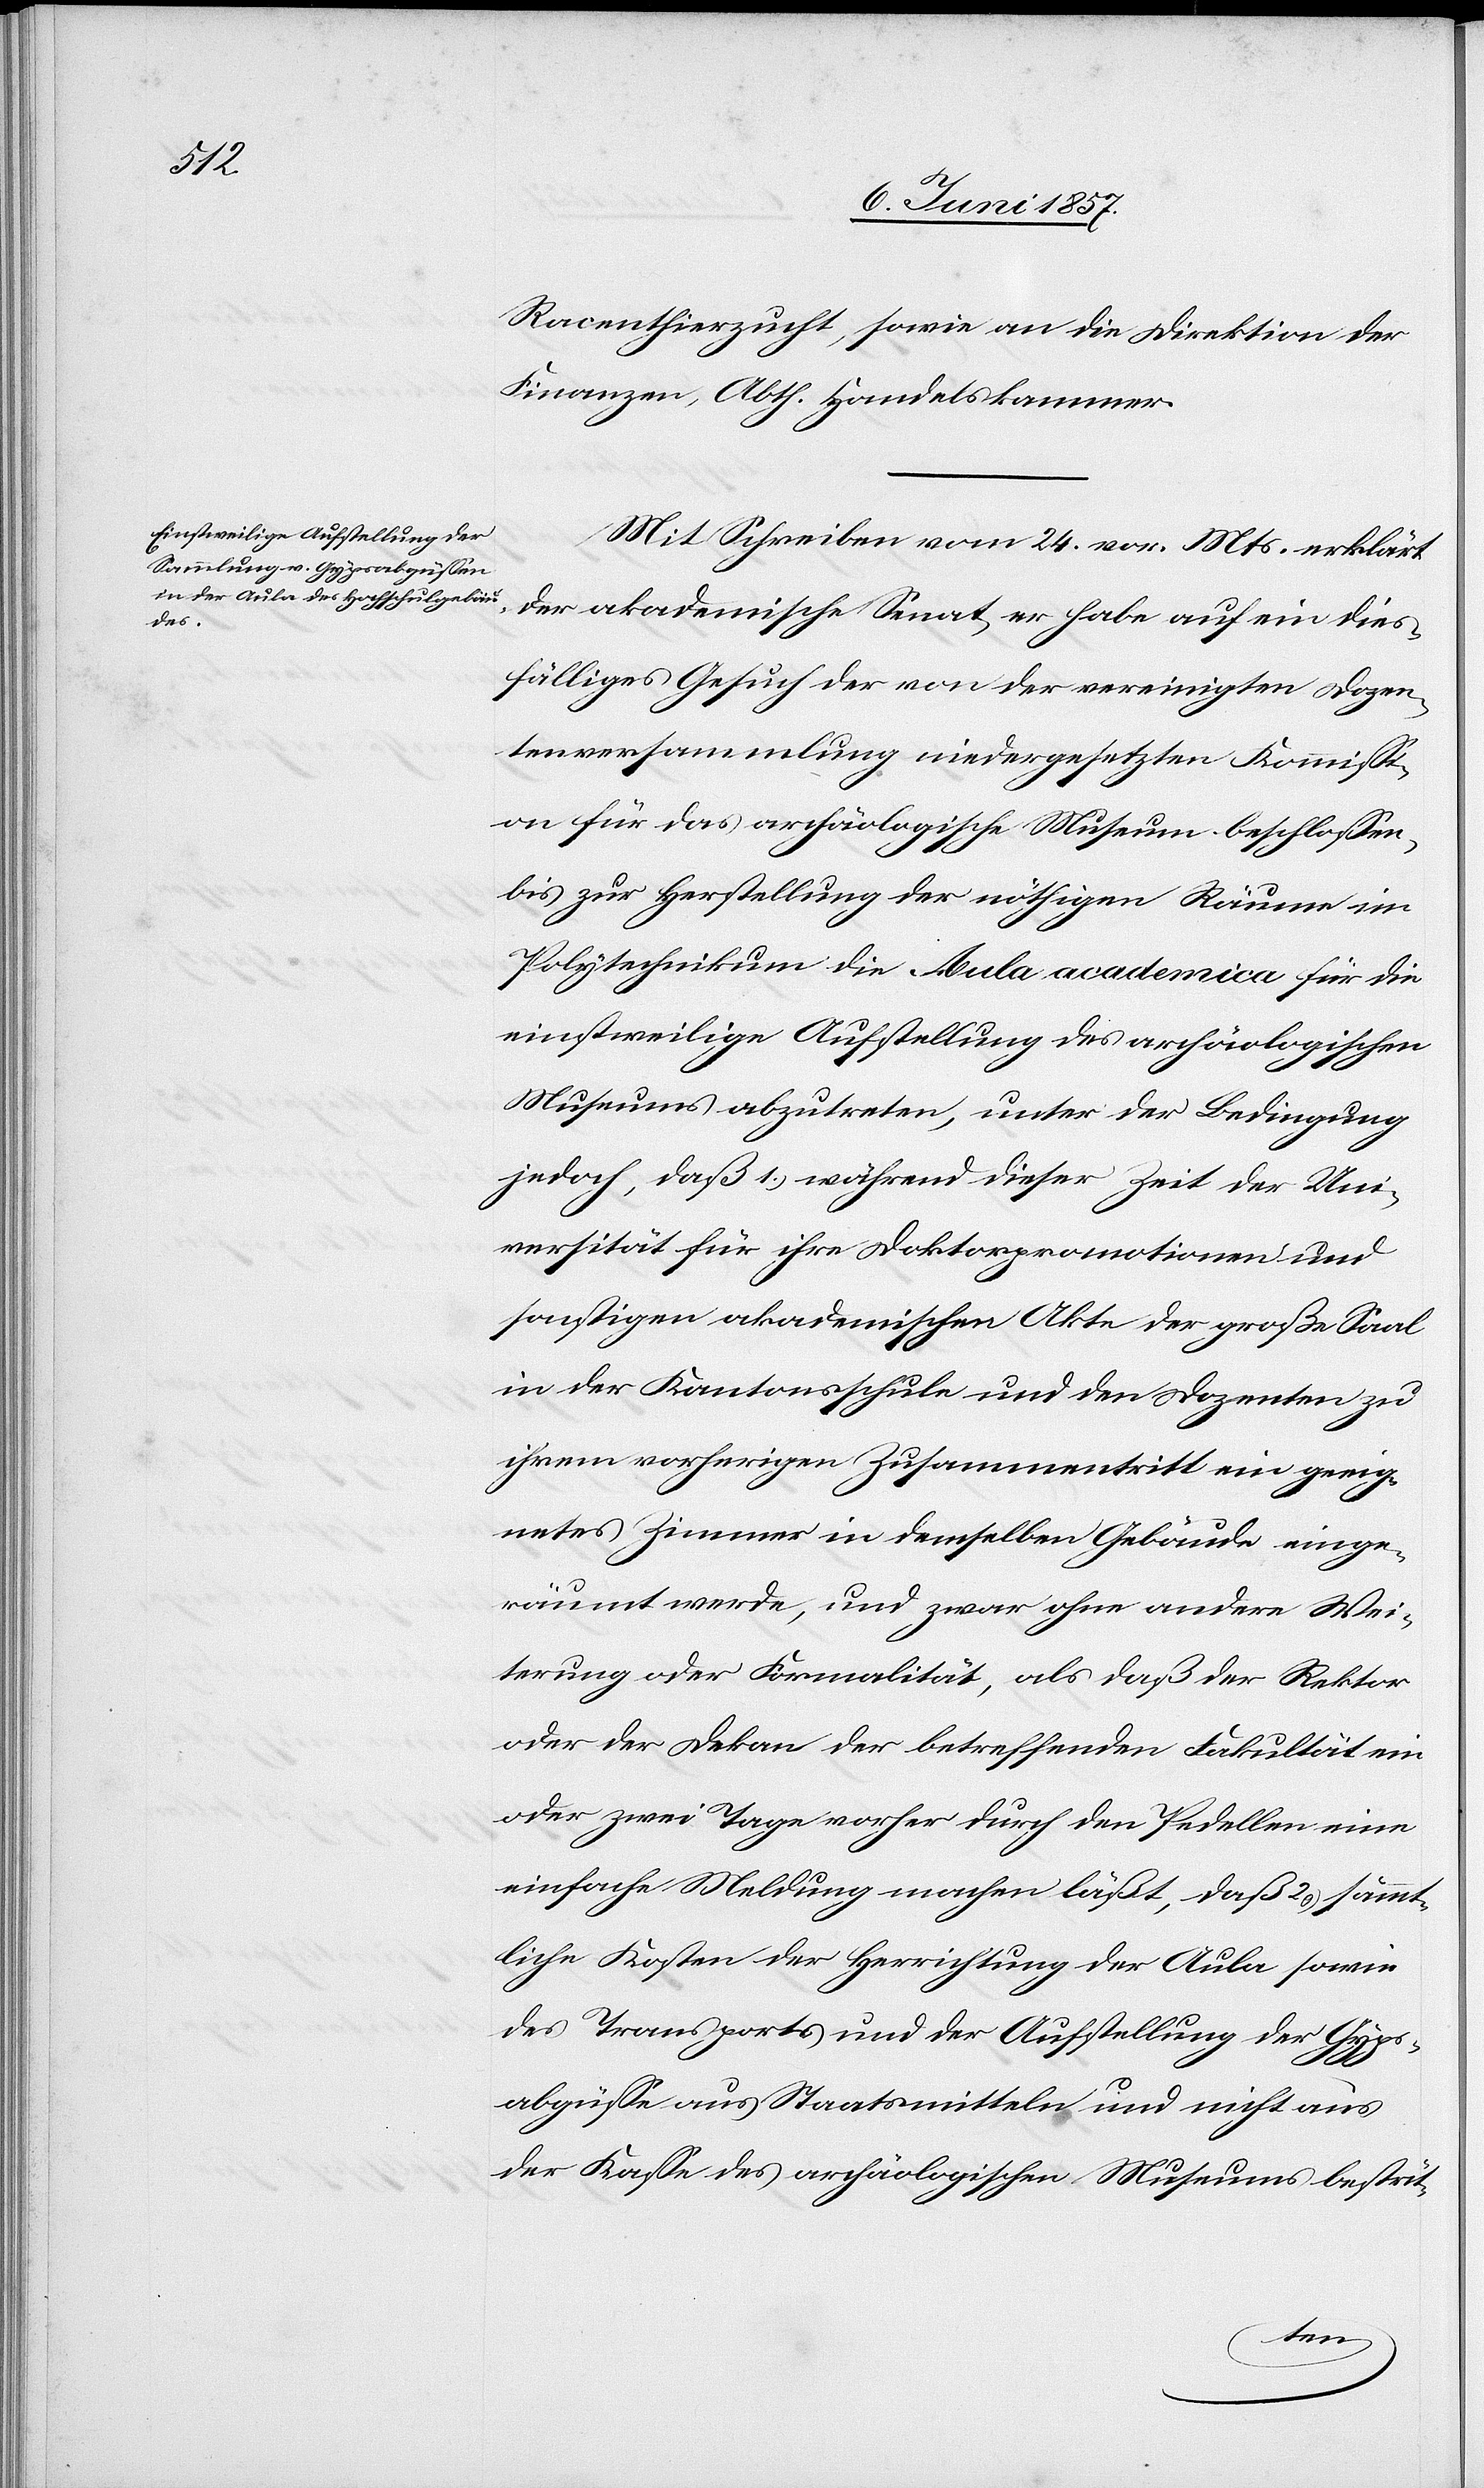
Racenthierzucht, sowie an die Direktion der
Finanzen, Abth. Handelskammer.
Mit Schreiben vom 24 v. Mts. erklärt
der akademische Senat er habe auf ein dies¬
fälliges Gesuch der von der vereinigten Dozen¬
tenversammlung niedergesetzten Kommissi¬
on für das archäologische Museum beschlossen,
bis zur Herstellung der nöthigen Räume im
Polytechnikum die Aula academica für die
einstweilige Aufstellung des archäologischen
Museums abzutreten, unter der Bedingung
jedoch, daß 1.) während dieser Zeit der Uni¬
versität für ihre Doktorpromotionen und
sonstigen akademischen Akte der große Saal
in der Kantonsschule und den Dozenten zu
ihrem vorherigen Zusammentritt ein geeig¬
netes Zimmer in demselben Gebäude einge¬
räumt werde, und zwar ohne andere Wei¬
terung oder Formalität, als daß der Rektor
oder der Dekan der betreffenden Fakultät ein
oder zwei Tage vorher durch den Pedellen eine
einfache Meldung machen läßt, daß 2.) sämmt¬
liche Kosten der Herrichtung der Aula sowie
des Transportes und der Aufstellung der Gyps¬
abgüsse aus Staatsmitteln und nicht aus
der Kasse des archäologischen Museums bestrit-